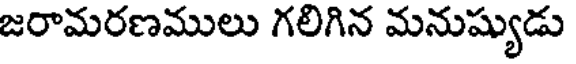
జరామరణములు గలిగిన మనుష్యుడు